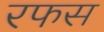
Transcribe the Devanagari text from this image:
रफस